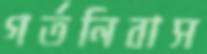
গর্তনিবাস